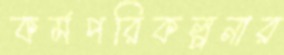
কর্মপরিকল্পনার